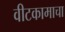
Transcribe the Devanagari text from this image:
वीटकामाचा